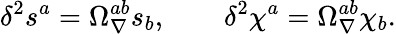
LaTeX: \delta^{2}s^{a}=\Omega_{\nabla}^{ab}s_{b},\qquad\delta^{2}\chi^{a}=\Omega_{\nabla}^{ab}\chi_{b}.